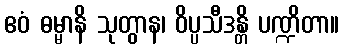
ဧဝံ ဓမ္မာနိ သုတွာန၊ ဝိပ္ပသီဒန္တိ ပဏ္ဍိတာ။